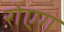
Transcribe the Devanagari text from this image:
रोएग